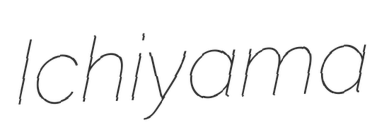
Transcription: Ichiyama